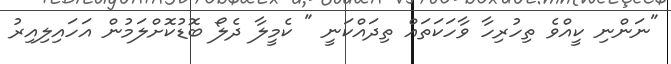
"ނަންނި ކީއްވެ ތިހުރިހާ ވާހަކަތައް ތިދައްކަނީ " ކެމީލާ ދެލޯ ބޮޑުކޮށްލަމުން އަހައިލިއިރު